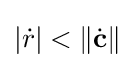
|{\dot {r}}|<\|{\dot {\mathbf {c} }}\|